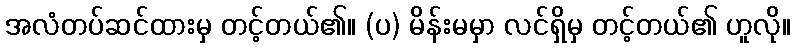
အလံတပ်ဆင်ထားမှ တင့်တယ်၏။ (ပ) မိန်းမမှာ လင်ရှိမှ တင့်တယ်၏ ဟူလို။